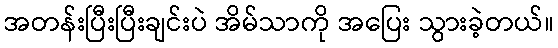
အတန်းပြီးပြီးချင်းပဲ အိမ်သာကို အပြေး သွားခဲ့တယ်။